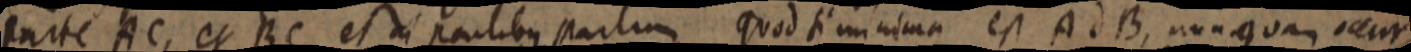
parte AC, et BC et in partibus partum quod si minima est AdB, non quam occur